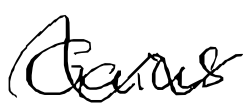
Text: Gaius
Cross-out: wave
Writing tool: digital_black